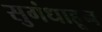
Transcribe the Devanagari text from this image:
सुगंधाहून